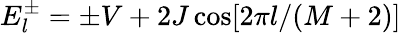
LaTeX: E_{l}^{\pm}=\pm V+2J\cos[2\pi l/(M+2)]